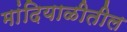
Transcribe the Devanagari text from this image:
मांदियाळीतील